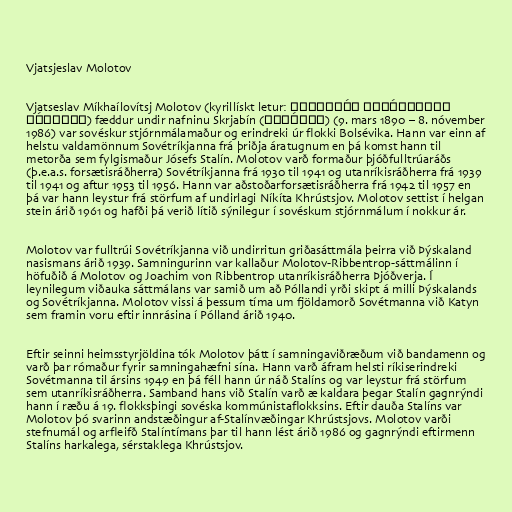
Vjatsjeslav Molotov

Vjatseslav Míkhaílovítsj Molotov (kyrillískt letur: Вячесла́в Миха́йлович
Мо́лотов) fæddur undir nafninu Skrjabín (Скря́бин) (9. mars 1890 – 8. nóvember
1986) var sovéskur stjórnmálamaður og erindreki úr flokki Bolsévika. Hann var einn af
helstu valdamönnum Sovétríkjanna frá þriðja áratugnum en þá komst hann til
metorða sem fylgismaður Jósefs Stalín. Molotov varð formaður þjóðfulltrúaráðs
(þ.e.a.s. forsætisráðherra) Sovétríkjanna frá 1930 til 1941 og utanríkisráðherra frá 1939
til 1941 og aftur 1953 til 1956. Hann var aðstoðarforsætisráðherra frá 1942 til 1957 en
þá var hann leystur frá störfum af undirlagi Níkíta Khrústsjov. Molotov settist í helgan
stein árið 1961 og hafði þá verið lítið sýnilegur í sovéskum stjórnmálum í nokkur ár.

Molotov var fulltrúi Sovétríkjanna við undirritun griðasáttmála þeirra við Þýskaland
nasismans árið 1939. Samningurinn var kallaður Molotov-Ribbentrop-sáttmálinn í
höfuðið á Molotov og Joachim von Ribbentrop utanríkisráðherra Þjóðverja. Í
leynilegum viðauka sáttmálans var samið um að Póllandi yrði skipt á milli Þýskalands
og Sovétríkjanna. Molotov vissi á þessum tíma um fjöldamorð Sovétmanna við Katyn
sem framin voru eftir innrásina í Pólland árið 1940.

Eftir seinni heimsstyrjöldina tók Molotov þátt í samningaviðræðum við bandamenn og
varð þar rómaður fyrir samningahæfni sína. Hann varð áfram helsti ríkiserindreki
Sovétmanna til ársins 1949 en þá féll hann úr náð Stalíns og var leystur frá störfum
sem utanríkisráðherra. Samband hans við Stalín varð æ kaldara þegar Stalín gagnrýndi
hann í ræðu á 19. flokksþingi sovéska kommúnistaflokksins. Eftir dauða Stalíns var
Molotov þó svarinn andstæðingur af-Stalínvæðingar Khrústsjovs. Molotov varði
stefnumál og arfleifð Stalíntímans þar til hann lést árið 1986 og gagnrýndi eftirmenn
Stalíns harkalega, sérstaklega Khrústsjov.